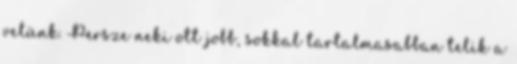
velünk. Persze neki ott jobb, sokkal tartalmasabban telik a